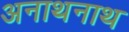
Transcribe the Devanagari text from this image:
अनाथनाथ